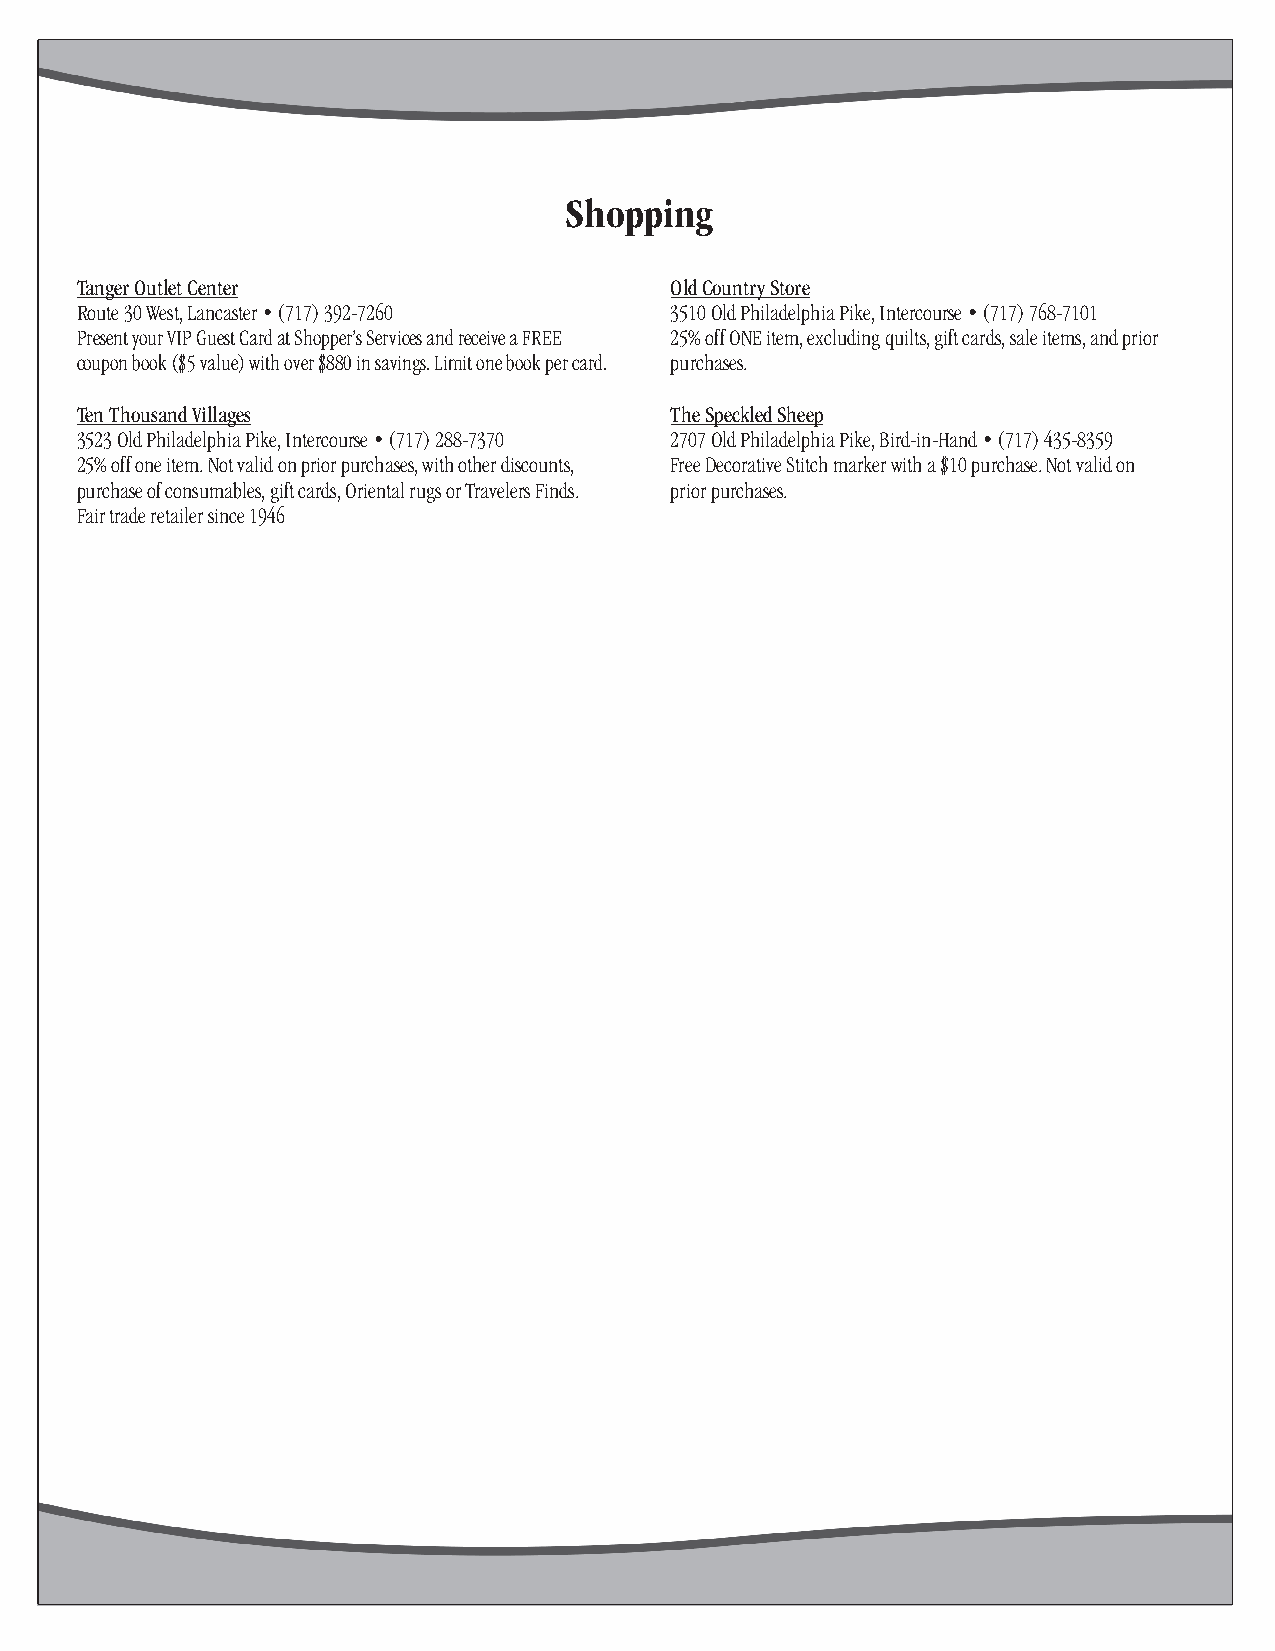
Shopping
 Tanger Outlet Center                   Old Country Store
 Route 30 West, Lancaster • (717) 392-7260 3510 Old Philadelphia Pike, Intercourse • (717) 768-7101
 Present your VIP Guest Card at Shopper’s Services and receive a FREE 25% off ONE item, excluding quilts, gift cards, sale items, and prior
 coupon book ($5 value) with over $880 in savings. Limit one book per card. purchases.
 Ten Thousand Villages                  The Speckled Sheep
 3523 Old Philadelphia Pike, Intercourse • (717) 288-7370 2707 Old Philadelphia Pike, Bird-in-Hand • (717) 435-8359
 25% off one item. Not valid on prior purchases, with other discounts, Free Decorative Stitch marker with a $10 purchase. Not valid on
 purchase of consumables, gift cards, Oriental rugs or Travelers Finds. prior purchases.
 Fair trade retailer since 1946